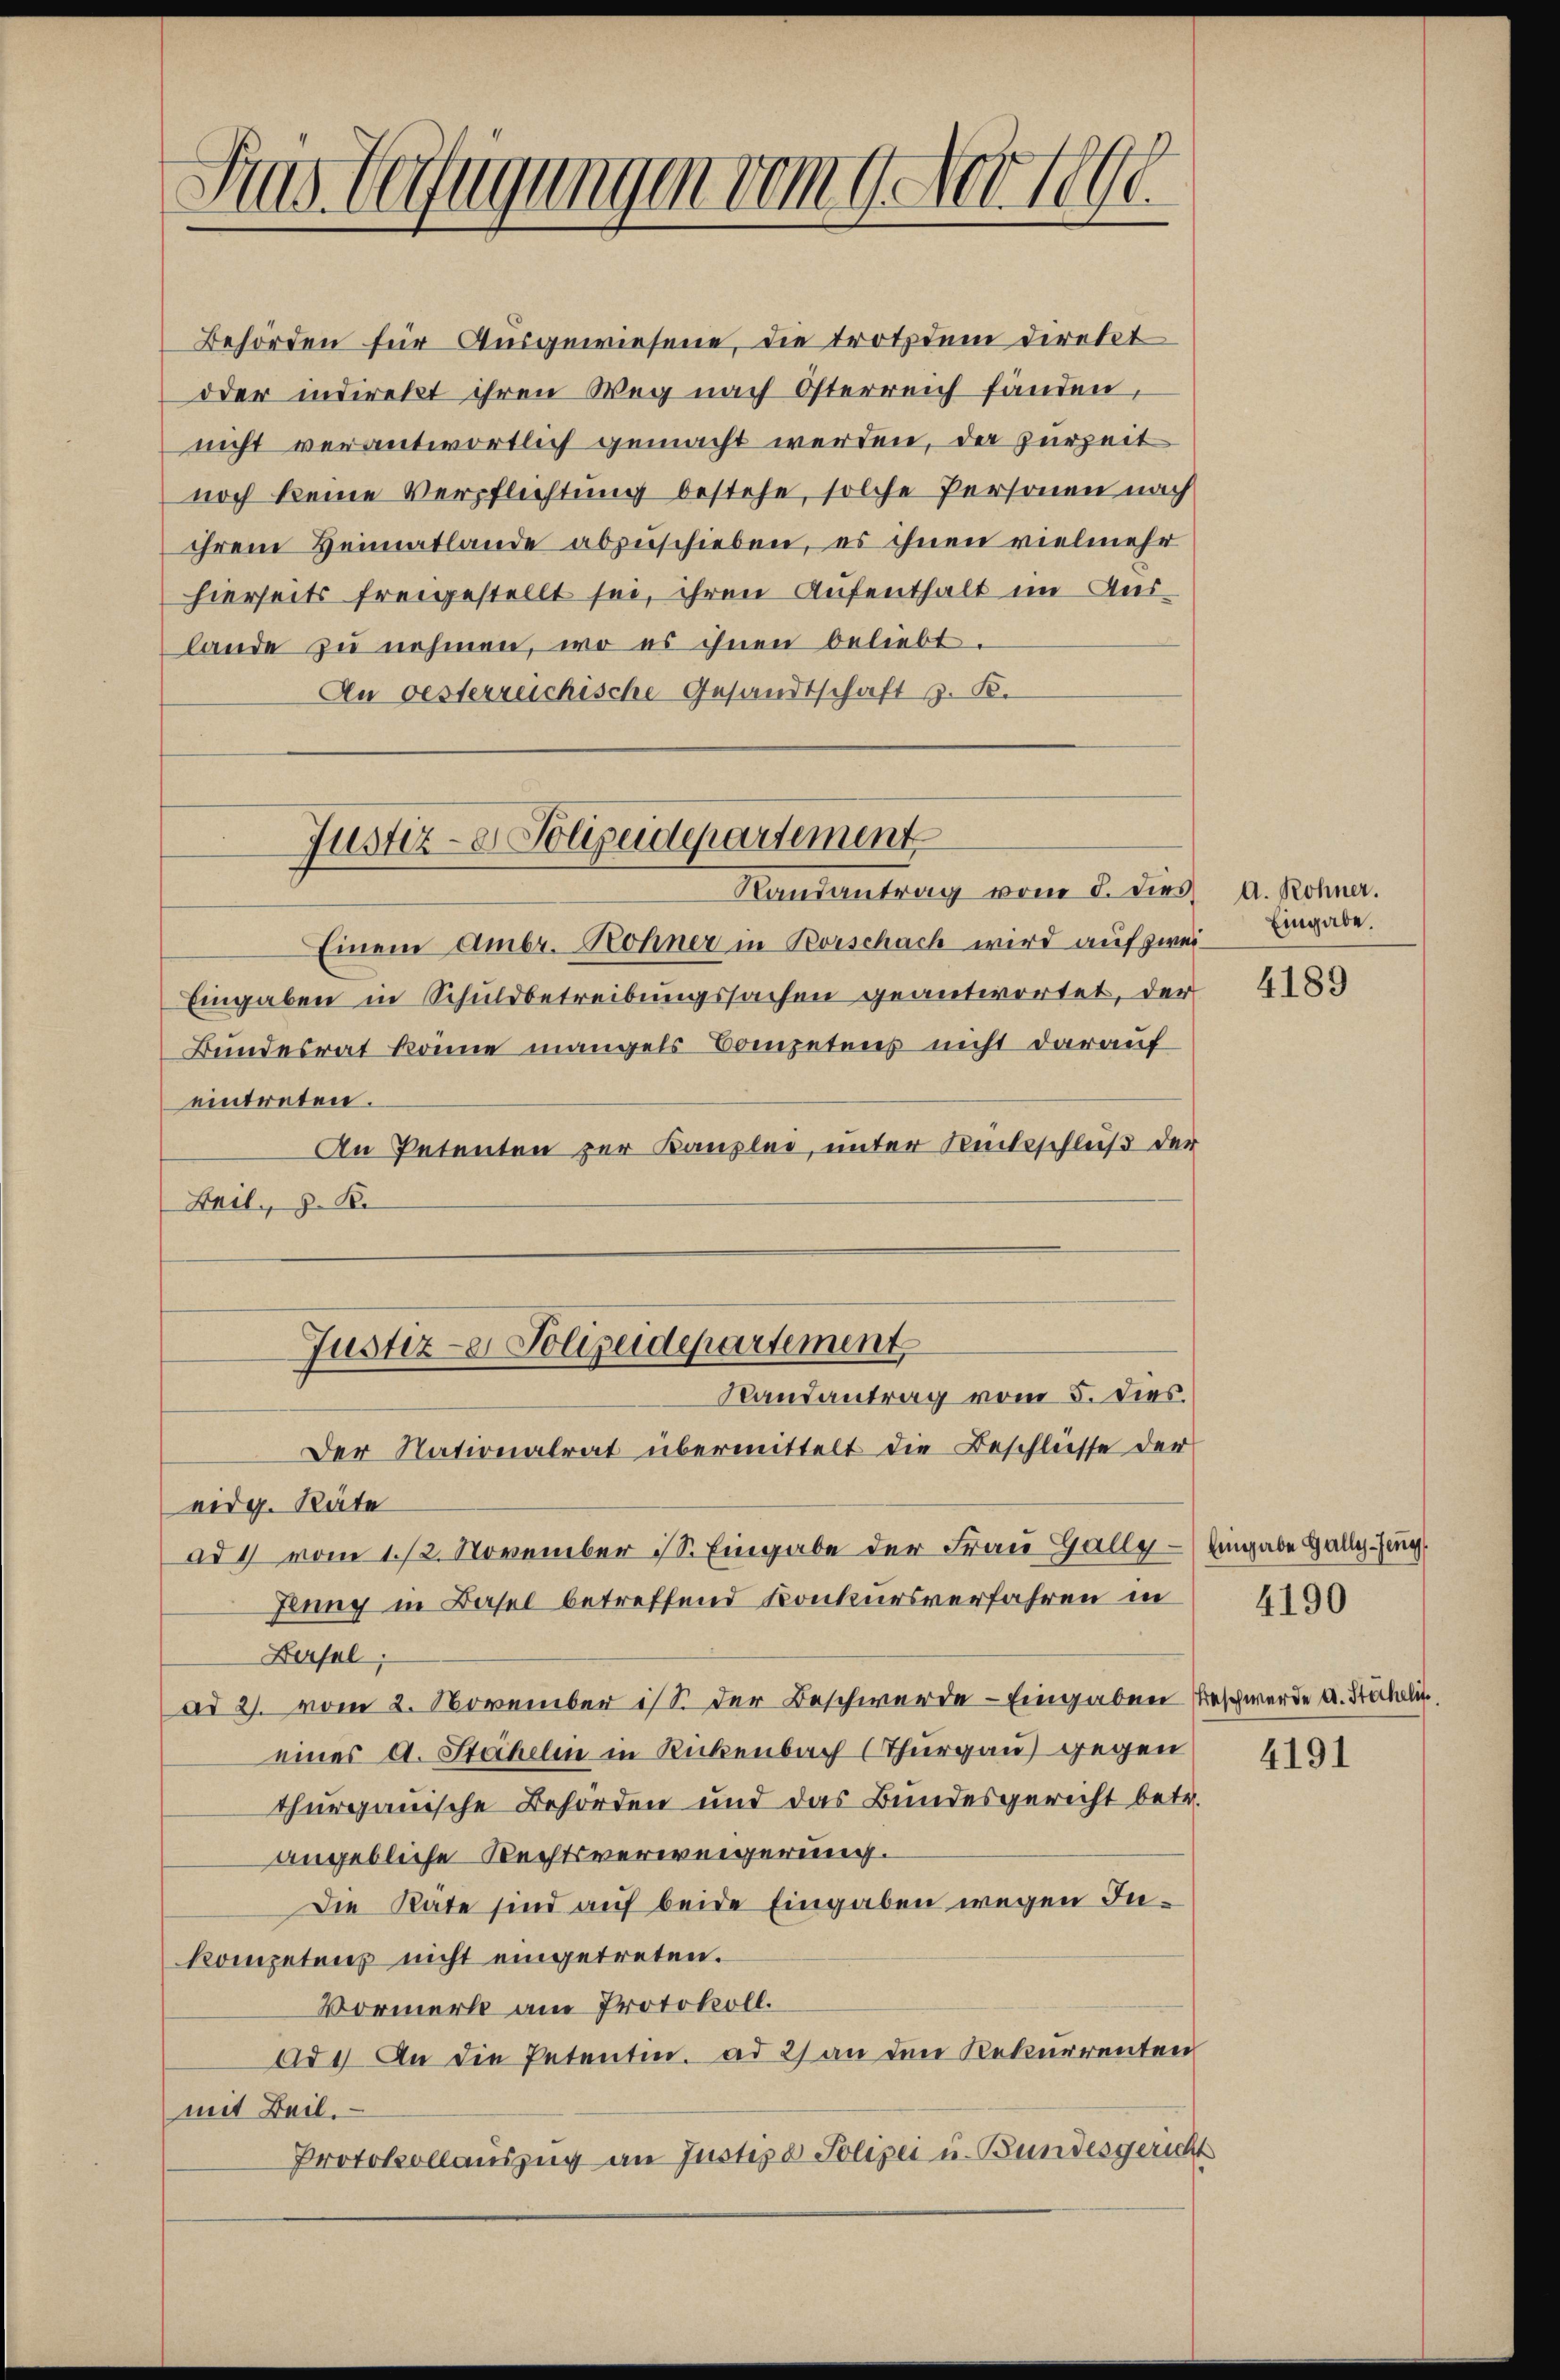
Fras Verfügungen vom 9. Nov 1890.

Behörden für Ausgewiesene, die trotzdem direkt
oder indirekt ihren Weg nach Osterreich fänden,
nicht verantwortlich gemacht werden, der Zurzeit
noch keine Verpflichtung bestehe, solche Personen nach
ihrem Heimatlande abzuschieben, es ihnen vielmehr
hierseits freigestellt sei, ihren Aufenthalt im Auslande zu nehmen, wo es ihnen beliebt.
An oesterreichische Gesandtschaft z. B.
Einem Ambr. Rohner in Korschach wird auf zwei¬
Eingaben in Schuldbetreibungssachen geantwortet, der
Bundesrat könne mangels Competens nicht darauf
eintreten.
An Petenten zur Kanzlei, unter Rückschluß der
Beil. z. B.
Justiz- & Polizeidepartement
Randantrag vom 5. dies.
Der Nationalrat übermittelt die Beschlüsse der
eidg. Räte
ad 1 vom 1./2. November S. Eingabe der Frau Hally - Eingabe Galle Zeug¬
Jlung in Basel betreffend Konkursverfahren in
Bersel
ad 2. vom 2. November ist der Beschwerde - Eingaben Beschwerde a. Stäheli
eines A. Stähelin in Rubenbach Thurgau) gegen
thurgauische Behörden und das Bundesgericht betr.
angebliche Rechtsverweigerung.
Die Räte sind auf beide Eingaben wegen Inkompetens nicht eingetreten.
Vormerk am Protokoll.
ad 1. An die Petentin. ad 2) an den Rekurrenten
mit Beil.
Protokollauszug an Justiz & Polizei u. Bundesgericht

Justiz- & Polizeidepartement
Randantrag vom 8. dies a. Rohner.

Eingabe.

4189

4190

4191